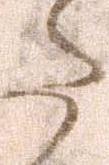
た